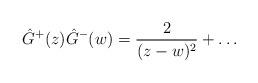
LaTeX: \begin{align*}\hat G^+(z)\hat G^-(w) = \frac2{(z-w)^2}+\ldots\end{align*}